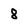
Character: 8